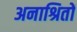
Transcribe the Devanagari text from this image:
अनाश्रितों